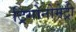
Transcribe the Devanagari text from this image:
ट्रिगोनोमेट्री